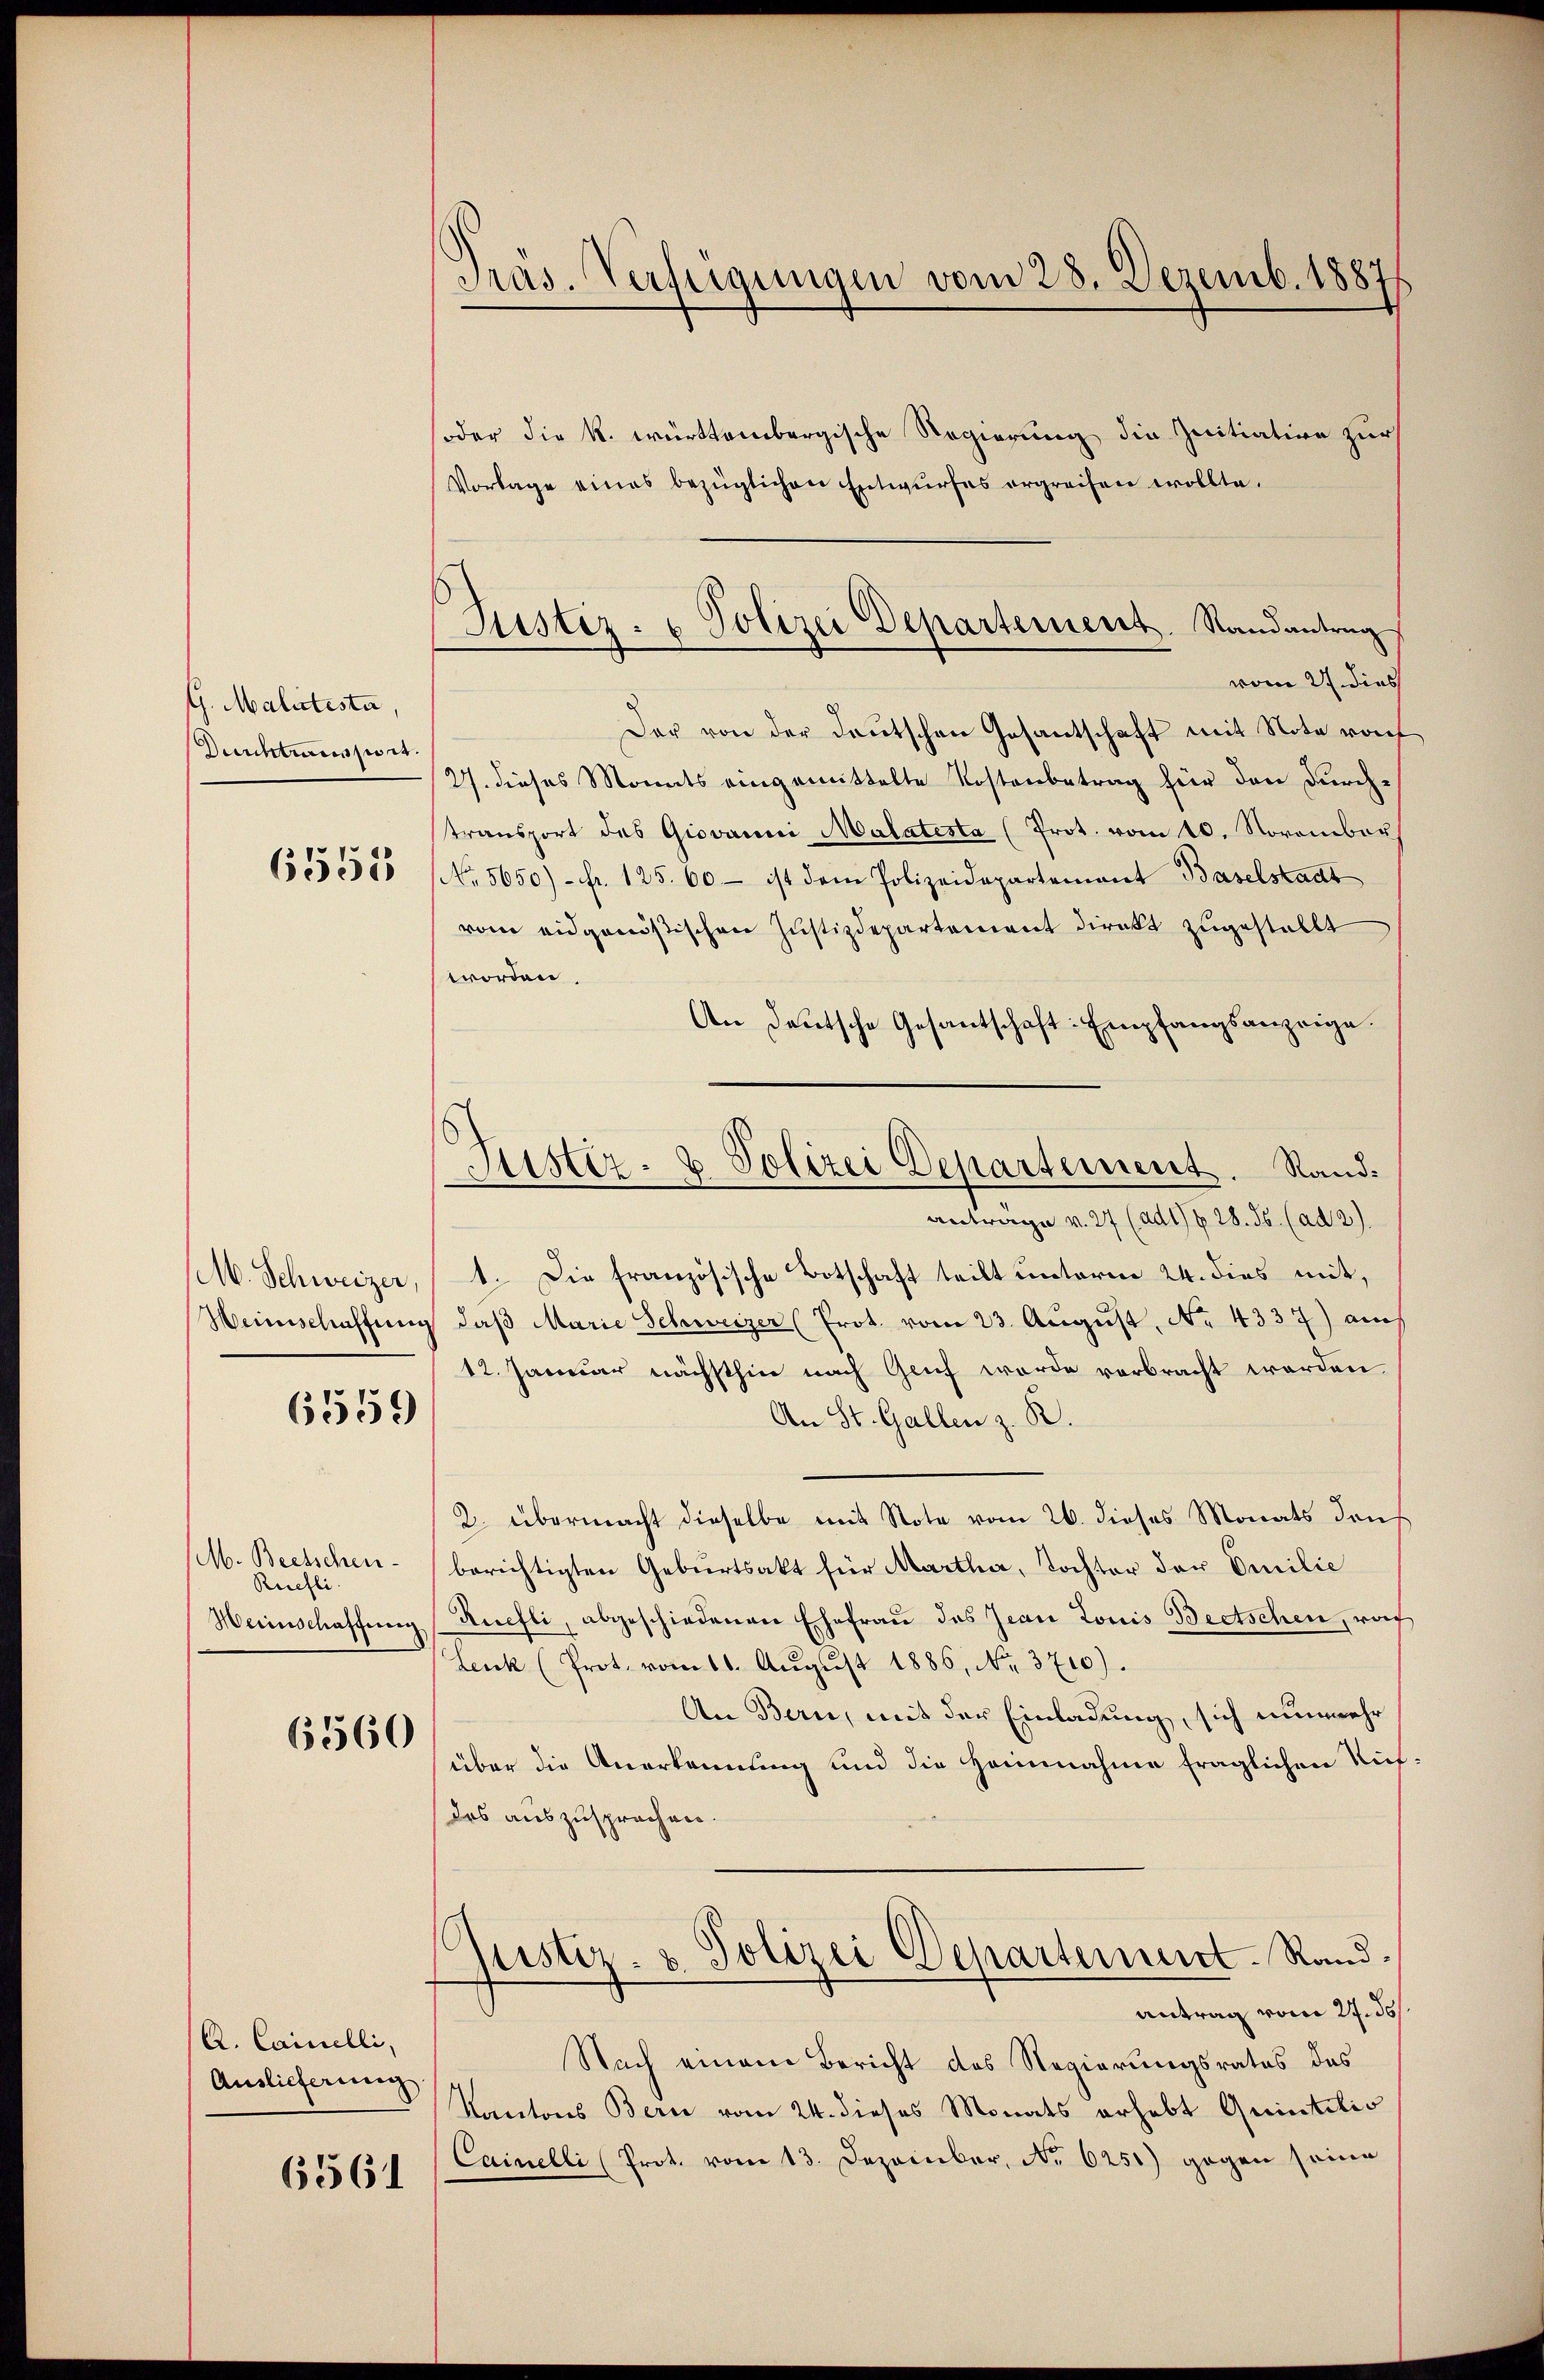
G. Malitesta,
Durchtausset.
6555

M. Schweizer,
Weinschaffung

6559

M. Beetschen
Riefli
Weinschaffung

6560

/A. Cainelli,
Auslieferung

6561

Pras. Verfügungen vom 28. Dezemb. 18871

Justiz- u Polizei Departement. Randantrag
vom 27. dies

Justiz- & Polizei Departement. Rand¬

soder die k. württembergische Regierung die Initiation zur
Vorlage eines bezüglichen Entwurfes ergreifen wollte.
Der von der deutschen Gesantschaft mit Note rof
2. dieses Monats eingemittelte Kostenbetrag für den durchtransport des Giovanni Malatesta (Prot. vom 10. November
No. 5650) - fr. 125. 60 – ist dem Polizeidepartement Baselstadt
vom eidgenößischen Justizdepartement direkt zugestellt
worden.
An Deutsche Gesantschaft Empfangsanzeige.
antrage v. 27 (ad1) § 28. ds. (ad 2).
1. Die französische Botschaft teilt unterm 24. dies mit,
daβ Marie Schweizer (Prot. vom 23. Aŭgŭst No. 4337) auch
12. Januar nächsthin nach Genf wurde verbracht worden.
An St. Gallen z. R.
2. übermacht dieselbe mit Note vom 26. dieses Monats dens
berichtigten Geburtsakt für Martha, Tochter der Emilie
Ruefli, abgeschiedenen Ehefrau des Jean Louis Beetschen, wof
Leuk (Prot. vom 16. Aŭgŭst 1886, No. 3710).
An Bern, mit der Einladung, sich nunmehr
über die Anerkennung und die Hannahme fraglichen Niefdes auszusprochen.
Justiz- & Polizei Departement. Rand.
antrag vom 27. de
Nach einen Bericht des Regierungsrates des
Kantons Bern vom 24. dieses Monats erhebt Quintitio
Cainelli (Prot. vom 13. Dezember, No 6251) gegen seine